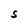
Character: S